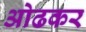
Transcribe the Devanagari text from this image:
ओढकर